Civil Veterinary Department Bihar reports 1936-40 - 1936-1940
Year: 1936
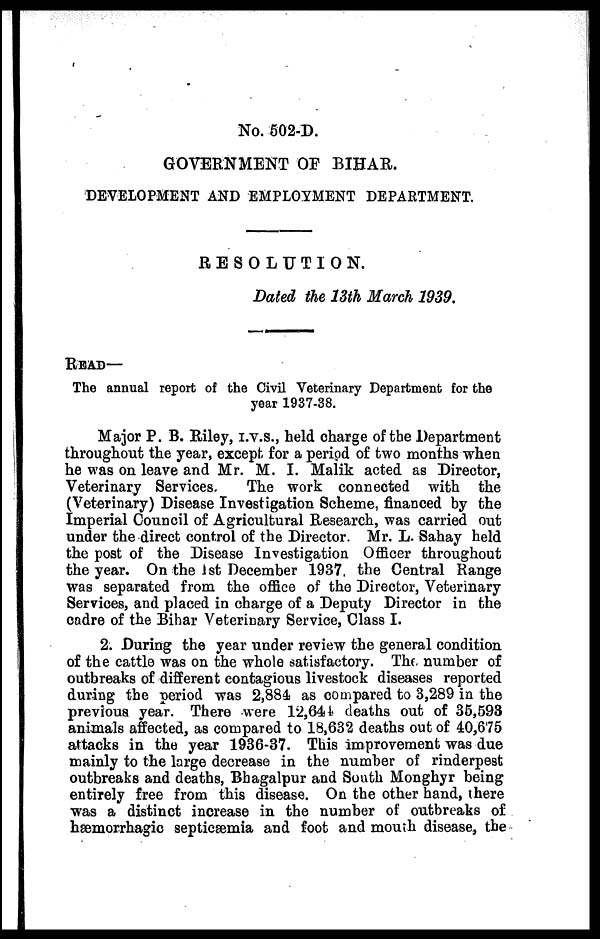
No. 502-D.
GOVERNMENT OF BIHAR.
DEVELOPMENT AND EMPLOYMENT DEPARTMENT.
RESOLUTION.
Dated the 13th March 1939.
Read—
The annual report of the Civil Veterinary Department for the
year 1937-38.
Major P. B. Riley, I.V.S., held charge of the Department
throughout the year, except for a period of two months when
he was on leave and Mr. M. I. Malik acted as Director,
Veterinary Services. The work connected with the
(Veterinary) Disease Investigation Scheme, financed by the
Imperial Council of Agricultural Research, was carried out
under the direct control of the Director. Mr. L. Sahay held
the post of the Disease Investigation Officer throughout
the year. On the 1st December 1937 the Central Range
was separated from the office of the Director, Veterinary
Services, and placed in charge of a Deputy Director in the
cadre of the Bihar Veterinary Service, Class I.
2. During the year under review the general condition
of the cattle was on the whole satisfactory. The. number of
outbreaks of different contagious livestock diseases reported
during the period was 2,884 as compared to 3,289 in the
previous year. There were 12,644 deaths out of 35,593
animals affected, as compared to 18,632 deaths out of 40,675
attacks in the year 1936-37. This improvement was due
mainly to the large decrease in the number of rinderpest
outbreaks and deaths, Bhagalpur and South Monghyr being
entirely free from this disease. On the other hand, there
was a distinct increase in the number of outbreaks of
hæmorrhagic septicæmia and foot and mouth disease, the